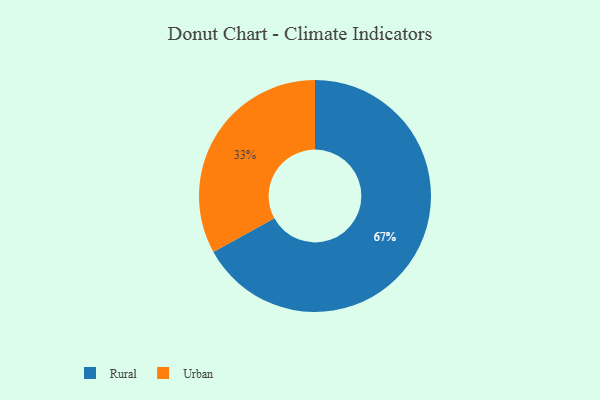
{"axis": {"x": "Category", "y": "Percentage"}, "legend": ["Rural", "Urban"], "data": [{"x": "Urban", "y": 33, "type": "Urban"}, {"x": "Rural", "y": 67, "type": "Rural"}]}